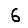
Digit: 6